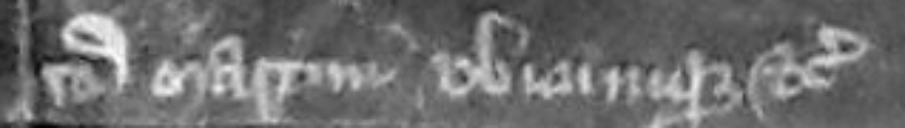
Sancti Martini ubicumque etc